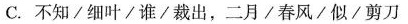
C.不知/细叶/谁/裁出，二月/春风/似/剪刀